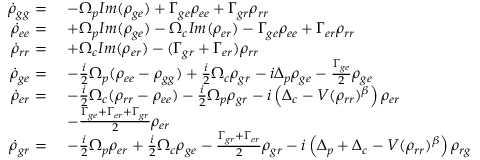
\begin{array} { r l } { \dot { \rho } _ { g g } = } & { \ - \Omega _ { p } I m ( \rho _ { g e } ) + \Gamma _ { g e } \rho _ { e e } + \Gamma _ { g r } \rho _ { r r } } \\ { \dot { \rho } _ { e e } = } & { \ + \Omega _ { p } I m ( \rho _ { g e } ) - \Omega _ { c } I m ( \rho _ { e r } ) - \Gamma _ { g e } \rho _ { e e } + \Gamma _ { e r } \rho _ { r r } } \\ { \dot { \rho } _ { r r } = } & { \ + \Omega _ { c } I m ( \rho _ { e r } ) - ( \Gamma _ { g r } + \Gamma _ { e r } ) \rho _ { r r } } \\ { \dot { \rho } _ { g e } = } & { \ - \frac { i } { 2 } \Omega _ { p } ( \rho _ { e e } - \rho _ { g g } ) + \frac { i } { 2 } \Omega _ { c } \rho _ { g r } - i \Delta _ { p } \rho _ { g e } - \frac { \Gamma _ { g e } } { 2 } \rho _ { g e } } \\ { \dot { \rho } _ { e r } = } & { \ - \frac { i } { 2 } \Omega _ { c } ( \rho _ { r r } - \rho _ { e e } ) - \frac { i } { 2 } \Omega _ { p } \rho _ { g r } - i \left( \Delta _ { c } - V ( \rho _ { r r } ) ^ { \beta } \right) \rho _ { e r } } \\ & { \ - \frac { \Gamma _ { g e } + \Gamma _ { e r } + \Gamma _ { g r } } { 2 } \rho _ { e r } } \\ { \dot { \rho } _ { g r } = } & { \ - \frac { i } { 2 } \Omega _ { p } \rho _ { e r } + \frac { i } { 2 } \Omega _ { c } \rho _ { g e } - \frac { \Gamma _ { g r } + \Gamma _ { e r } } { 2 } \rho _ { g r } - i \left( \Delta _ { p } + \Delta _ { c } - V ( \rho _ { r r } ) ^ { \beta } \right) \rho _ { r g } } \end{array}